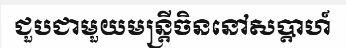
ជួបជាមួយមន្ត្រីចិននៅសប្តាហ៍